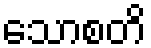
သောစတိ